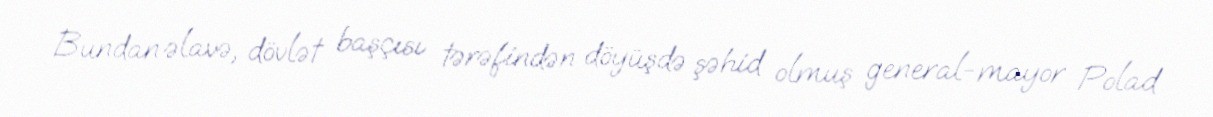
Bundan əlavə, dövlət başçısı tərəfindən döyüşdə şəhid olmuş general-mayor Polad